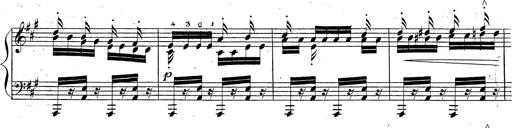
Title: Grande fantaisie sur la tyrolienne de l'opÃ©ra
Composer: Franz Liszt
Key: A major